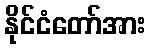
နိုင်ငံတော်အား